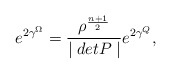
\begin{align*}e^{2\gamma ^{\Omega}}= \frac {\rho ^{\frac {n + 1}{2}}}{\mid det P\mid}e^{2\gamma ^Q},\end{align*}